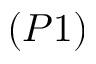
( P 1 )